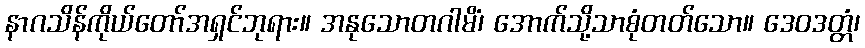
နာဂသိန်ကိုယ်တော်အရှင်ဘုရား။ အနုသောတဂါမိံ၊ အောက်သို့သာစုံတတ်သော။ ဒေဝဒတ္တံ၊